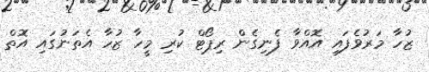
ޒުހާ މަރުވެފައި އޮއްވާ ފެނިގެން ރިޕޯޓް ކުރި މީހާ ޒުހާ އެތަނުގައި އޮތް